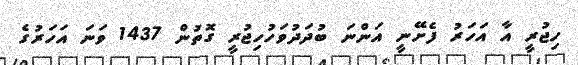
ހިޖުރީ އާ އަހަރު ފެށޭނީ އަންނަ ބުދަދުވަހުހިޖުރީ ގޮތުން 1437 ވަނަ އަހަރުގެ